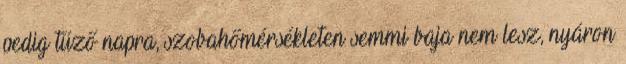
pedig tűző napra, szobahőmérsékleten semmi baja nem lesz, nyáron